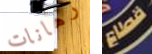
رهانات قطاع